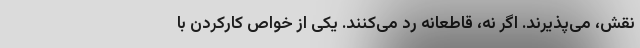
نقش، می‌پذیرند. اگر نه، قاطعانه رد می‌کنند. یکی از خواص کارکردن با